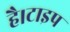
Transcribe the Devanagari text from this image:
है।टाइप